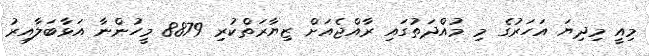
މިއީ މިދިޔަ އަހަރުގެ މި މުއްދަތުގައި ރާއްޖެއަށް ޒިޔާރަތްކުރި 8879 މީހުންނާ އަޅާބަލާއިރު